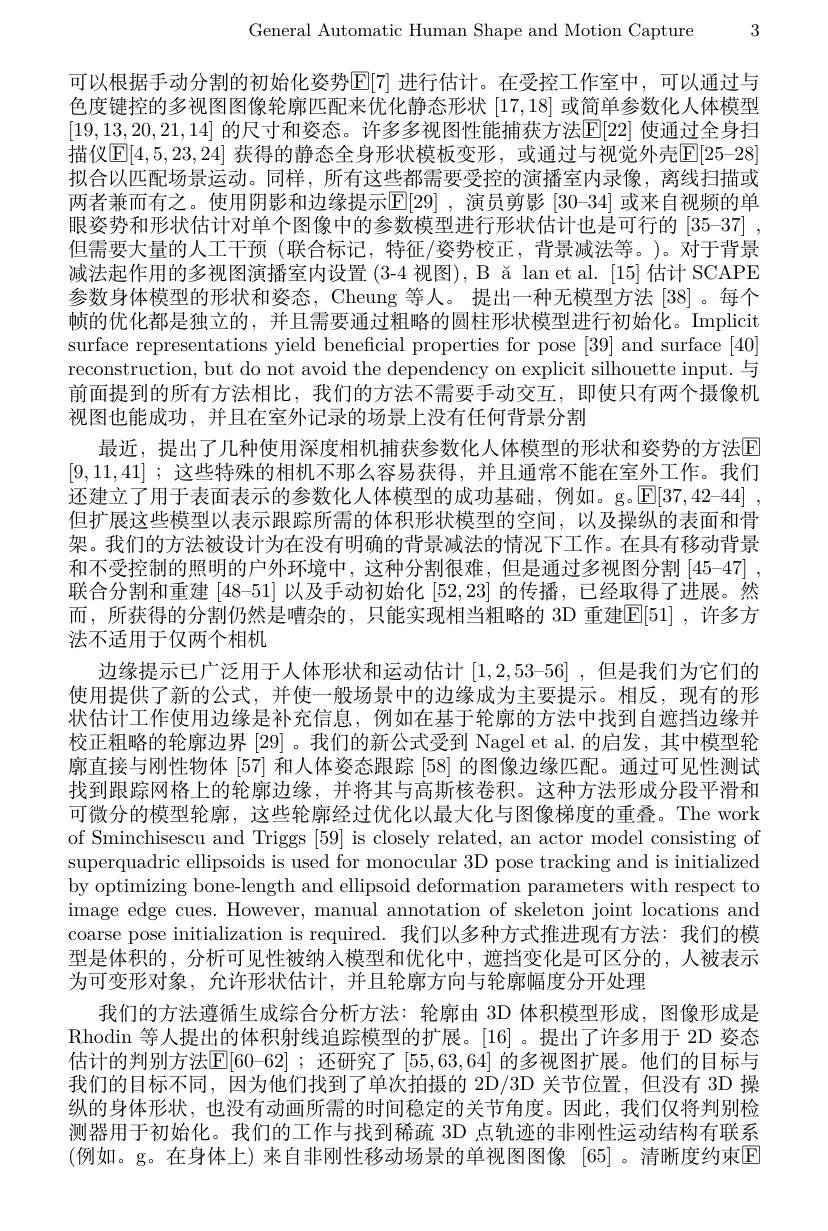
General Automatic Human Shape and Motion Capture 3

可以根据手动分割的初始化姿势$\mathbb{E}[7]$ 进行估计。在受控工作室中，可以通过与色度键控的多视图图像轮廓匹配来优化静态形状 [17,18] 或简单参数化人体模型[19,13,20,21,14] 的尺寸和姿态。许多多视图性能捕获方法$\mathbb{E}[22]$ 使通过全身扫描仪$\boxed{\mathrm{E}}[4,5,23,24]$ 获得的静态全身形状模板变形，或通过与视觉外壳$\boxed{\mathrm{E}}[25-28]$ 拟合以匹配场景运动。同样，所有这些都需要受控的演播室内录像，离线扫描或两者兼而有之。使用阴影和边缘提示$[ \mathbb{E} [ 29]$ , 演员剪影 [30-34] 或来自视频的单眼姿势和形状估计对单个图像中的参数模型进行形状估计也是可行的 [35-37] , 但需要大量的人工干预 (联合标记，特征/姿势校正，背景减法等。)。对于背景减法起作用的多视图演播室内设置 (3-4 视图), B ǎ lan et al. [15] 估计 SCAPE 参数身体模型的形状和姿态，Cheung 等人。提出一种无模型方法 [38]。每个帧的优化都是独立的，并且需要通过粗略的圆柱形状模型进行初始化。Implicit surface representations yield beneficial properties for pose [39] and surface [40] reconstruction, but do not avoid the dependency on explicit silhouette input. 与前面提到的所有方法相比，我们的方法不需要手动交互，即使只有两个摄像机视图也能成功，并且在室外记录的场景上没有任何背景分割
最近，提出了几种使用深度相机捕获参数化人体模型的形状和姿势的方法[E] [9,11,41] ;这些特殊的相机不那么容易获得，并且通常不能在室外工作。我们还建立了用于表面表示的参数化人体模型的成功基础，例如。g。$\mathbb{E} [ 37, 42– 44]$ , 但扩展这些模型以表示跟踪所需的体积形状模型的空间，以及操纵的表面和骨架。我们的方法被设计为在没有明确的背景减法的情况下工作。在具有移动背景和不受控制的照明的户外环境中，这种分割很难，但是通过多视图分割$\left[45-47\right]$, 联合分割和重建[48-51]以及手动初始化[52,23]的传播，已经取得了进展。然而，所获得的分割仍然是嘈杂的，只能实现相当粗略的 3D 重建E[51] ,许多方法不适用于仅两个相机
边缘提示已广泛用于人体形状和运动估计[1,2,53-56] ,但是我们为它们的使用提供了新的公式，并使一般场景中的边缘成为主要提示。相反，现有的形状估计工作使用边缘是补充信息，例如在基于轮廓的方法中找到自遮挡边缘并校正粗略的轮廓边界 [29]。我们的新公式受到 Nagel et al.的启发，其中模型轮廓直接与刚性物体[57]和人体姿态跟踪[58]的图像边缘匹配。通过可见性测试找到跟踪网格上的轮廓边缘，并将其与高斯核卷积。这种方法形成分段平滑和可微分的模型轮廓，这些轮廓经过优化以最大化与图像梯度的重叠。The work of Sminchisescu and Triggs [59] is closely related, an actor model consisting of superquadric ellipsoids is used for monocular 3D pose tracking and is initialized by optimizing bone-length and ellipsoid deformation parameters with respect to image edge cues. However, manual annotation of skeleton joint locations and coarse pose initialization is required. 我们以多种方式推进现有方法：我们的模型是体积的，分析可见性被纳人模型和优化中，遮挡变化是可区分的，人被表示为可变形对象，允许形状估计，并且轮廓方向与轮廓幅度分开处理
我们的方法遵循生成综合分析方法：轮廓由 3D 体积模型形成，图像形成是Rhodin 等人提出的体积射线追踪模型的扩展。[16]。提出了许多用于 2D 姿态估计的判别方法$\boxed{\mathrm{E}}[60-62]$ ;还研究了 [55,63,64] 的多视图扩展。他们的目标与我们的目标不同，因为他们找到了单次拍摄的 2D/3D 关节位置，但没有 3D 操纵的身体形状，也没有动画所需的时间稳定的关节角度。因此，我们仅将判别检测器用于初始化。我们的工作与找到稀疏 3D 点轨迹的非刚性运动结构有联系(例如。g。在身体上)来自非刚性移动场景的单视图图像 [65]。清晰度约束回